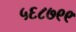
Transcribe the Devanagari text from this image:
५६८७९९